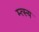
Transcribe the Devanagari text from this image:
म्त्स्य